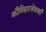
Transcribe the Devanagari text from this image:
कौमिसारजेवस्की